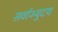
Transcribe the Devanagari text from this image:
सर्वाभ्युदय